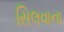
સિલવાના